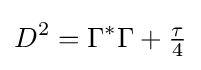
D^{2}=\Gamma ^{*}\Gamma +{\tfrac {\tau }{4}}